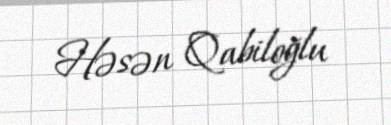
Həsən Qabiloğlu